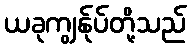
ယခုကျွန်ုပ်တို့သည်